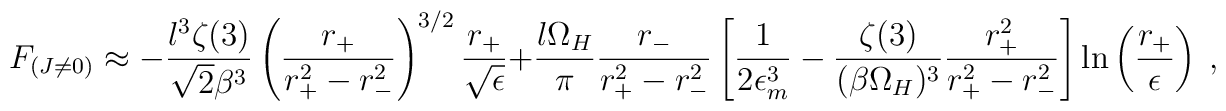
F_{(J\neq0)} \approx           - \frac{l^3 \zeta(3)}{\sqrt{2} \beta^3}              \left( \frac{r_+}{r_+^2-r_-^2} \right)^{3/2}             \frac{r_+}{\sqrt{\epsilon}}           +  \frac{l \Omega_H}{\pi} \frac{r_-}{r_+^2-r_-^2}             \left[ \frac{1}{2 \epsilon_m^3} -                    \frac{\zeta (3)}{ (\beta \Omega_H)^3}                   \frac{r_+^2}{r_+^2-r_-^2}            \right]                    \ln \left( \frac{r_+}{\epsilon} \right)~,